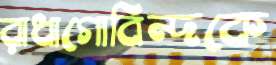
রাধাগোবিন্দকে